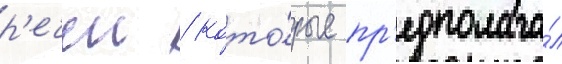
р'ечеи / кото́рые пр'едполага́л